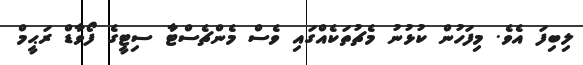
ލިބިފަ އެވެ. މިފަހުން ކުޅުނު މެޗުތަކެއްގައި ވެސް މެންޗެސްޓާ ސިޓީގެ ފޯވާޑް ރަޙީމް